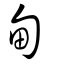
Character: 甸